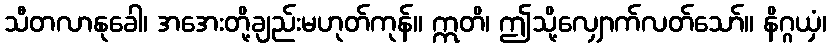
သီတလာနုခေါ၊ အအေးတို့ချည်းမဟုတ်ကုန်။ ဣတိ၊ ဤသို့လျှောက်လတ်သော်။ နိဂ္ဂယှံ၊